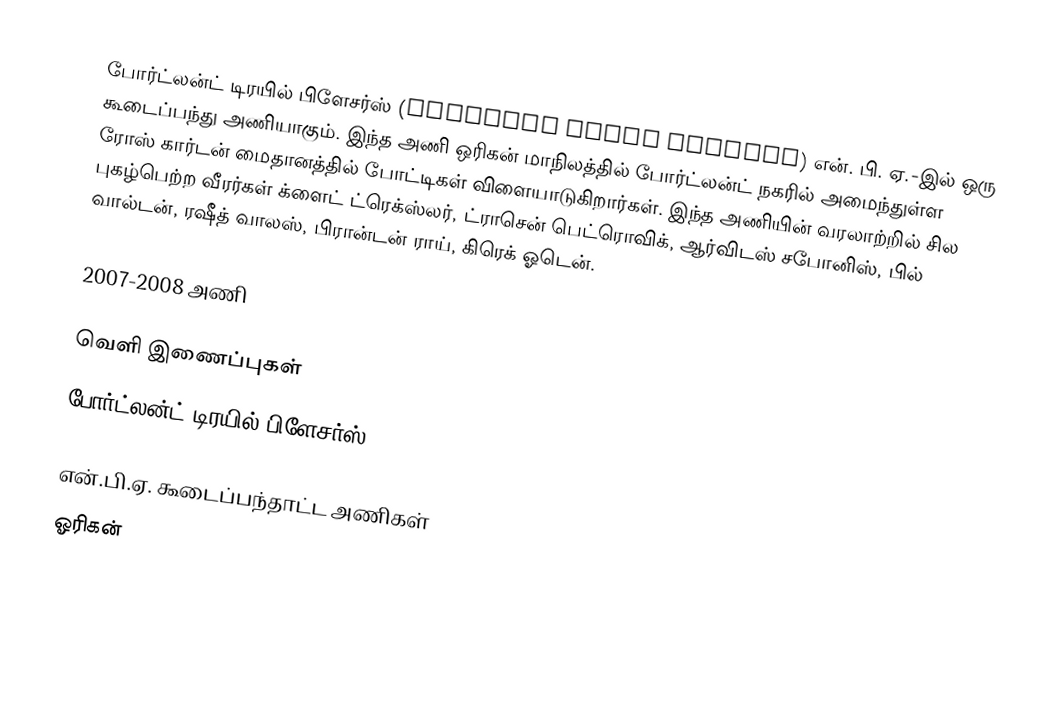
போர்ட்லன்ட் டிரயில் பிளேசர்ஸ் (Portland Trail Blazers) என். பி. ஏ.-இல் ஒரு கூடைப்பந்து அணியாகும். இந்த அணி ஒரிகன் மாநிலத்தில் போர்ட்லன்ட் நகரில் அமைந்துள்ள  ரோஸ் கார்டன் மைதானத்தில் போட்டிகள் விளையாடுகிறார்கள். இந்த அணியின் வரலாற்றில் சில புகழ்பெற்ற வீரர்கள் க்ளைட் ட்ரெக்ஸ்லர், ட்ராசென் பெட்ரொவிக், ஆர்விடஸ் சபோனிஸ், பில் வால்டன், ரஷீத் வாலஸ், பிரான்டன் ராய், கிரெக் ஓடென்.

2007-2008 அணி

வெளி இணைப்புகள்
 போர்ட்லன்ட் டிரயில் பிளேசர்ஸ்

என்.பி.ஏ. கூடைப்பந்தாட்ட அணிகள்
ஓரிகன்